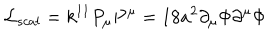
{ \cal L } _ { s c a l } = k ^ { 1 1 } P _ { \mu } P ^ { \mu } = 1 8 a ^ { 2 } \partial _ { \mu } \Phi \partial ^ { \mu } \Phi